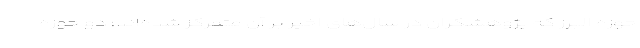
حوزه البرز که پژوهشگران در سال‌های اخیر بر آن متمرکز شده‌اند؛ دو حوزه